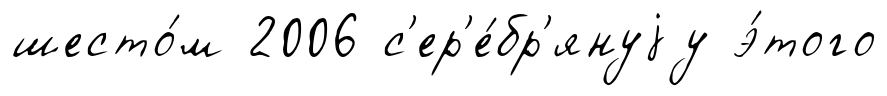
шесто́м 2006 с'ер'е́бр'януjу э́того